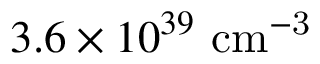
3 . 6 \times 1 0 ^ { 3 9 } ~ \mathrm { { c m } ^ { - 3 } }